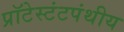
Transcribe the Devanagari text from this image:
प्रॉटेस्टंटपंथीय